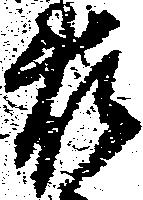
藤